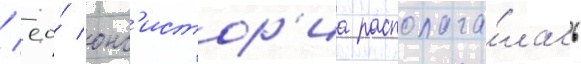
/ ео́ конс'истор'иа располага́лась